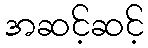
အဆင့်ဆင့်